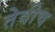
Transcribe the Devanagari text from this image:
तेवीच